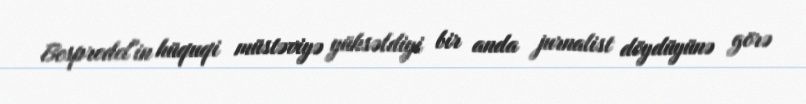
Bespredel"in hüquqi müstəviyə yüksəldiyi bir anda jurnalist döydüyünə görə